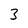
Character: 3